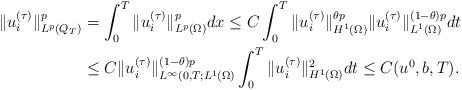
LaTeX: \begin{align*} \|u_i^{(\tau)}\|_{L^p(Q_T)}^p&= \int_0^T\|u_i^{(\tau)}\|_{L^p(\Omega)}^p dx\le C\int_0^T\|u_i^{(\tau)}\|_{H^1(\Omega)}^{\theta p}\|u_i^{(\tau)}\|_{L^1(\Omega)}^{(1-\theta)p}dt \\&\le C\|u_i^{(\tau)}\|_{L^\infty(0,T;L^1(\Omega)}^{(1-\theta)p}\int_0^T\|u_i^{(\tau)}\|_{H^1(\Omega)}^2 dt \le C(u^0,b,T).\end{align*}